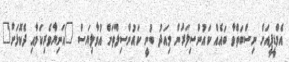
އެމްޑީޕީއަށް ނިސްބަތްވާ ބައެއް ކައުންސިލަރުން މިއަދު ބުނީ ކައުންސިލްތަށް އުވާލިޔަސް "އަނިޔާވެރިކަމާއި ދެކޮޅަށް"